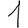
Digit: 1